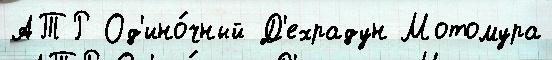
АТР Од'ино́чный Д'ехрадун Мотомура